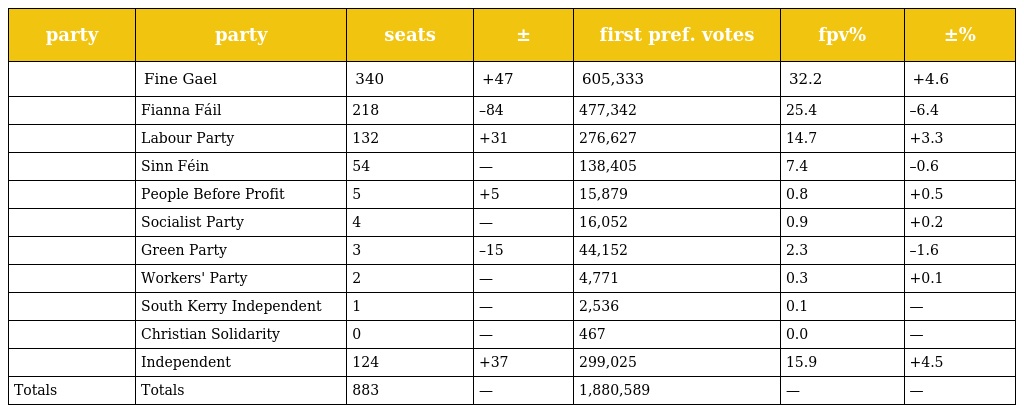
| party | party | seats | ± | first pref. votes | fpv% | ±% |
 | --- | --- | --- | --- | --- | --- | --- |
 |  | Fine Gael | 340 | +47 | 605,333 | 32.2 | +4.6 |
 |  | Fianna Fáil | 218 | –84 | 477,342 | 25.4 | –6.4 |
 |  | Labour Party | 132 | +31 | 276,627 | 14.7 | +3.3 |
 |  | Sinn Féin | 54 | — | 138,405 | 7.4 | –0.6 |
 |  | People Before Profit | 5 | +5 | 15,879 | 0.8 | +0.5 |
 |  | Socialist Party | 4 | — | 16,052 | 0.9 | +0.2 |
 |  | Green Party | 3 | –15 | 44,152 | 2.3 | –1.6 |
 |  | Workers' Party | 2 | — | 4,771 | 0.3 | +0.1 |
 |  | South Kerry Independent | 1 | — | 2,536 | 0.1 | — |
 |  | Christian Solidarity | 0 | — | 467 | 0.0 | — |
 |  | Independent | 124 | +37 | 299,025 | 15.9 | +4.5 |
 | Totals | Totals | 883 | — | 1,880,589 | — | — |